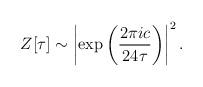
LaTeX: \begin{align*}Z[\tau] \sim \left| \exp \left( {2\pi i c \over 24 \tau}\right)\right|^2 . \end{align*}